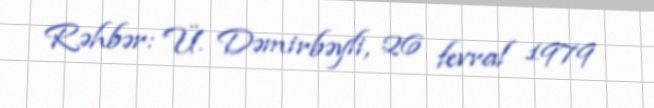
Rəhbər: Ü. Dəmirbəyli, 26 fevral 1979